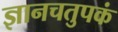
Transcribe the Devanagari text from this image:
ज्ञानचतुपकं